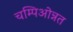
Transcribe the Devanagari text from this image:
चम्पिओन्नत